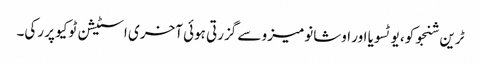
ٹرین شنجوکو، یوٹسویا اور اوشانومیزو سے گزرتی ہوئی آخری اسٹیشن ٹوکیو پر رکی۔